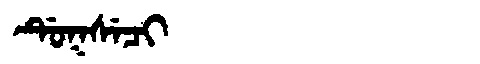
Manchu: ᡩᡠᡴᠰᡝᠴᡳ
Romanization: DUKSECI